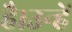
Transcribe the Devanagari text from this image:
है।उन्हें